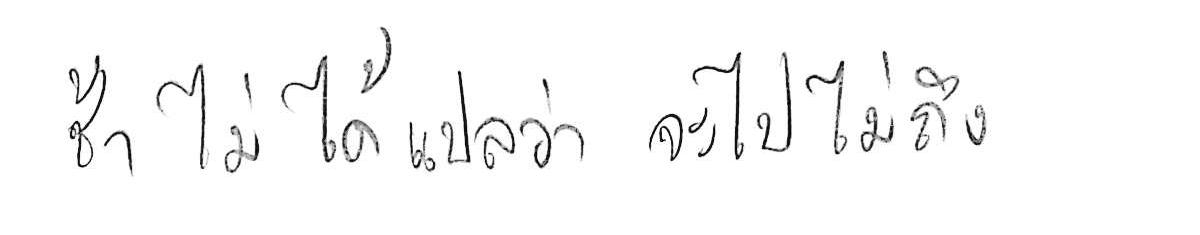
ช้า ไม่ได้แปลว่า จะไปไม่ถึง